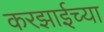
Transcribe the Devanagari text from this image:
करझाईच्या